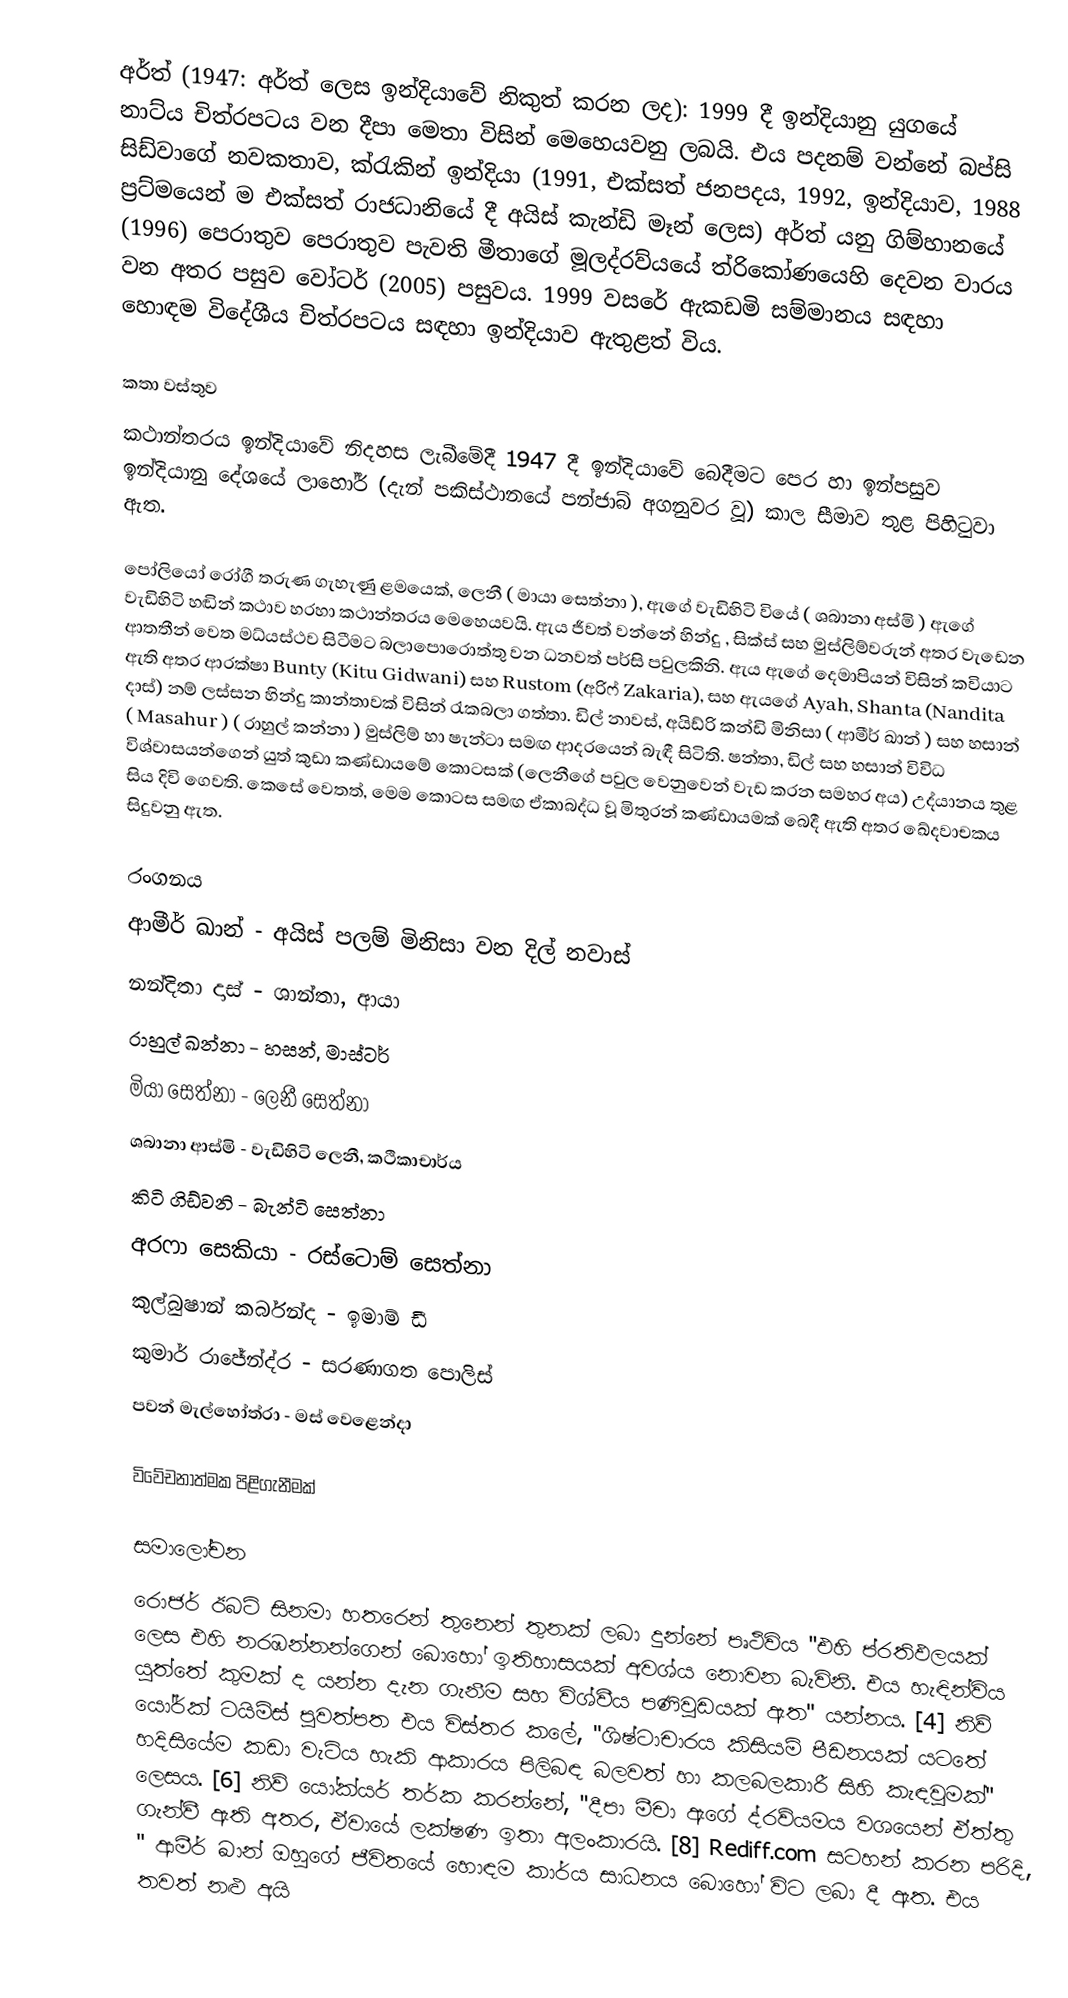
අර්ත් (1947: අර්ත් ලෙස ඉන්දියාවේ නිකුත් කරන ලද): 1999 දී ඉන්දියානු යුගයේ නාට්ය චිත්රපටය වන දීපා මෙතා විසින් මෙහෙයවනු ලබයි. එය පදනම් වන්නේ බප්සි සිඩ්වාගේ නවකතාව, ක්රැකින් ඉන්දියා (1991, එක්සත් ජනපදය, 1992, ඉන්දියාව, 1988 ප්‍රට්මයෙන් ම එක්සත් රාජධානියේ දී  අයිස් කැන්ඩි මෑන් ලෙස) අර්ත් යනු ගිම්හානයේ (1996) පෙරාතුව පෙරාතුව පැවති මීතාගේ මූලද්රව්යයේ ත්රිකෝණයෙහි දෙවන වාරය වන අතර පසුව වෝටර් (2005) පසුවය. 1999 වසරේ ඇකඩමි සම්මානය සඳහා හොඳම විදේශීය චිත්රපටය සඳහා ඉන්දියාව ඇතුළත් විය.

කතා වස්තුව
කථාන්තරය ඉන්දියාවේ නිදහස ලැබීමේදී 1947 දී ඉන්දියාවේ බෙදීමට පෙර හා ඉන්පසුව ඉන්දියානු දේශයේ ලාහෝර් (දැන් පකිස්ථානයේ පන්ජාබ් අගනුවර වූ) කාල සීමාව තුළ පිහිටුවා ඇත.

පෝලියෝ රෝගී තරුණ ගැහැණු ළමයෙක්, ලෙනී ( මායා සෙත්නා ), ඇගේ වැඩිහිටි වියේ ( ශබානා අස්මි ) ඇගේ වැඩිහිටි  හඬින් කථාව හරහා කථාන්තරය මෙහෙයවයි. ඇය ජීවත් වන්නේ හින්දු , සික්ස් සහ මුස්ලිම්වරුන් අතර වැඩෙන ආතතීන් වෙත මධ්යස්ථව සිටීමට බලාපොරොත්තු වන ධනවත් පර්සි පවුලකිනි. ඇය ඇගේ දෙමාපියන් විසින් කවියාට ඇති අතර ආරක්ෂා Bunty (Kitu Gidwani) සහ Rustom (අරිෆ් Zakaria), සහ ඇයගේ Ayah, Shanta (Nandita දාස්) නම් ලස්සන හින්දු කාන්තාවක් විසින් රැකබලා ගත්තා. ඩිල් නාවස්, අයිඩ්රි කන්ඩි මිනිසා ( ආමීර් ඛාන් ) සහ හසාන් ( Masahur ) ( රාහුල් කන්නා ) මුස්ලිම් හා ෂැන්ටා සමඟ ආදරයෙන් බැඳී සිටිති. ෂන්තා, ඩිල් සහ හසාන් විවිධ විශ්වාසයන්ගෙන් යුත් කුඩා කණ්ඩායමේ කොටසක් (ලෙනීගේ පවුල වෙනුවෙන් වැඩ කරන සමහර අය) උද්යානය තුළ සිය දිවි ගෙවති. කෙසේ වෙතත්, මෙම කොටස සමඟ ඒකාබද්ධ වූ මිතුරන් කණ්ඩායමක් බෙදී ඇති අතර ඛේදවාචකය සිදුවනු ඇත.

රංගනය
 ආමීර් ඛාන් - අයිස් පලම් මිනිසා වන දිල් නවාස් 
 නන්දිතා දාස් - ශාන්තා, ආයා 
 රාහුල් ඛන්නා - හසන්, මාස්ටර් 
 මියා සෙත්නා - ලෙනී සෙත්නා 
 ශබානා ආස්මි - වැඩිහිටි ලෙනී, කථිකාචාර්ය 
 කිටි ගිඩ්වනි - බැන්ටි සෙත්නා 
 අරෆා සෙකියා - රස්ටොම් සෙත්නා 
 කුල්බුෂාන් කර්බන්ද - ඉමාම් ඩී 
 කුමාර් රාජේන්ද්ර - සරණාගත පොලිස් 
 පවන් මැල්හෝත්රා - මස් වෙළෙන්දා

විවේචනාත්මක පිළිගැනීමක්

සමාලෝචන
රොජර් ඊබට් සිනමා හතරෙන් තුනෙන් තුනක් ලබා දුන්නේ පෘථිවිය "එහි ප්රතිඵලයක් ලෙස එහි නරඹන්නන්ගෙන් බොහෝ ඉතිහාසයක් අවශ්ය නොවන බැවිනි. එය හැඳින්විය යුත්තේ කුමක් ද යන්න දැන ගැනීම සහ විශ්වීය පණිවුඩයක් ඇත" යන්නය. [4] නිව් යෝර්ක් ටයිම්ස් පුවත්පත එය විස්තර කලේ, "ශිෂ්ටාචාරය කිසියම් පීඩනයක් යටතේ හදිසියේම කඩා වැටිය හැකි ආකාරය පිලිබඳ බලවත් හා කලබලකාරී සිහි කැඳවුමක්" ලෙසය. [6] නිව් යෝක්යර් තර්ක කරන්නේ, "දීපා මීචා ඇගේ ද්රව්යමය වශයෙන් ඒත්තු ගැන්වී ඇති අතර, ඒවායේ ලක්ෂණ ඉතා අලංකාරයි. [8] Rediff.com සටහන් කරන පරිදි, " ආමීර් ඛාන් ඔහුගේ ජීවිතයේ හොඳම කාර්ය සාධනය බොහෝ විට ලබා දී ඇත. එය තවත් නළු අයි